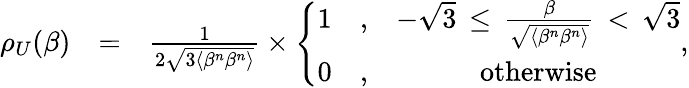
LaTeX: \begin{array}{rlr}{\rho_{U}(\beta)}&{=}&{\frac{1}{2\sqrt{3\langle\beta^{n}\beta^{n}\rangle}}\times\left\{ \begin{array}{ccc}{1}&{,}&{-\sqrt{3}\, \le\, \frac{\beta}{\sqrt{\langle\beta^{n}\beta^{n}\rangle}}\, <\, \sqrt{3}}\\ {0}&{,}&{\mathrm{otherwise}}\end{array}\right.,}\end{array}